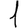
Digit: 1